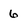
Character: 6